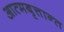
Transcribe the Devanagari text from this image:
आत्मबृत्तान्त